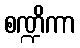
စဏ္ဍိကာ